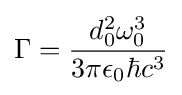
\Gamma ={\frac {d_{0}^{2}\omega _{0}^{3}}{3\pi \epsilon _{0}\hbar c^{3}}}